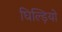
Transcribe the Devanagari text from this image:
घिल्ड़ियो